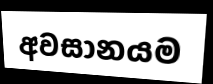
අවසානයම